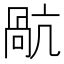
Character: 𭉥